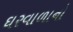
ઘરવાળાનો